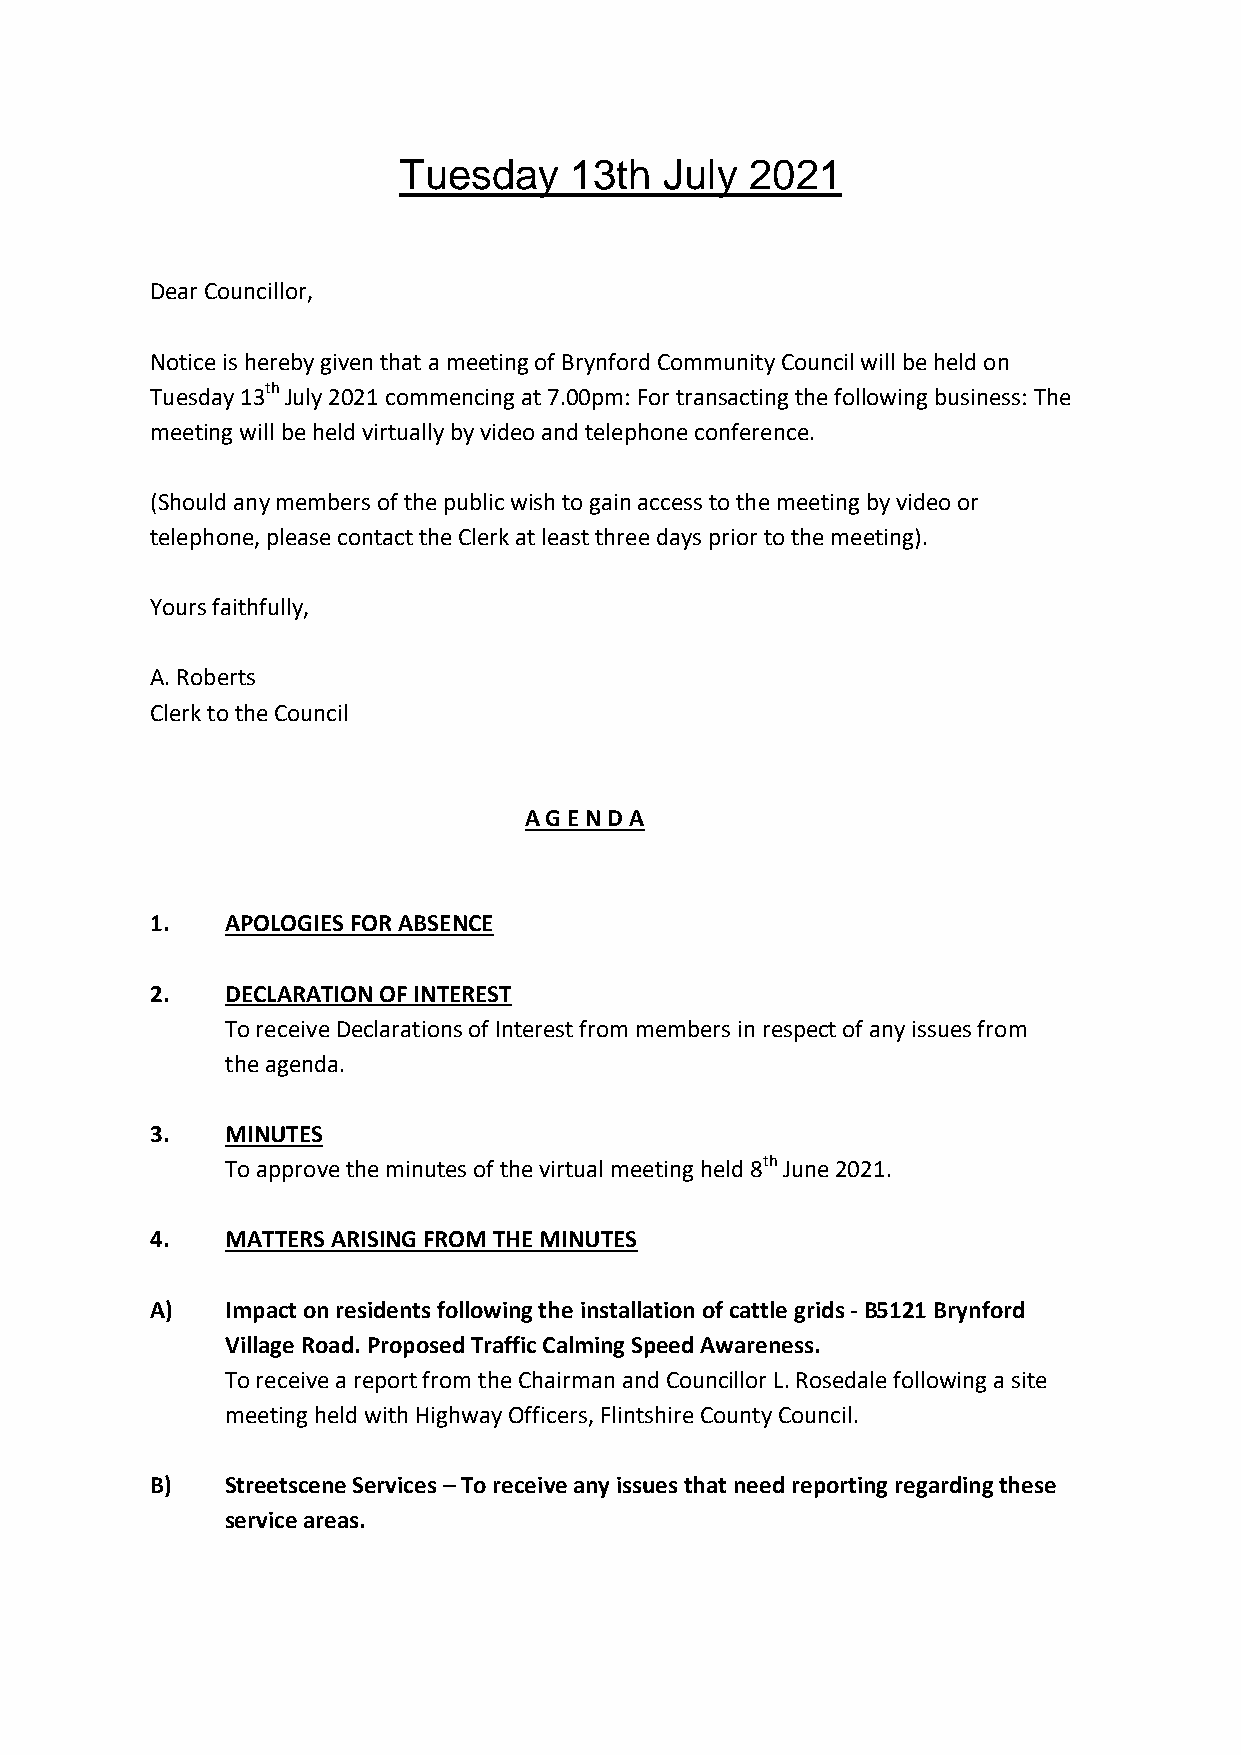
Tuesday     13th  July  2021
 Dear Councillor,
 Notice is hereby given that a meeting of Brynford Community Council will be held on
 Tuesday 13th July 2021 commencing at 7.00pm: For transacting the following business: The
 meeting will be held virtually by video and telephone conference.
 (Should any members of the public wish to gain access to the meeting by video or
 telephone, please contact the Clerk at least three days prior to the meeting).
 Yours faithfully,
 A. Roberts
 Clerk to the Council
 A G E N D A
 1.   APOLOGIES FOR ABSENCE
 2.   DECLARATION OF INTEREST
 To receive Declarations of Interest from members in respect of any issues from
 the agenda.
 3.   MINUTES
 To approve the minutes of the virtual meeting held 8th June 2021.
 4.   MATTERS ARISING FROM THE MINUTES
 A)   Impact on residents following the installation of cattle grids - B5121 Brynford
 Village Road. Proposed Traffic Calming Speed Awareness.
 To receive a report from the Chairman and Councillor L. Rosedale following a site
 meeting held with Highway Officers, Flintshire County Council.
 B)   Streetscene Services – To receive any issues that need reporting regarding these
 service areas.